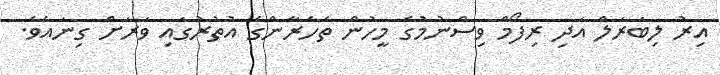
އިރު ލިބަރަލް އަދި ރިފޯމް ވިސްނުމުގެ މީހުން ތެހެރާންގެ އުތުރުގައި ވަރަށް ގިނައެވެ.